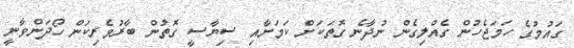
ގައުމުގެ ހަމަޖެހުން ގެއްލިގެން ނުދާނެ ގޮތަކަށް ކަމަށާއި ސިޔާސީ ގޮތުން ބާރުވެރިކަން ހޯދަންވާނީ